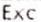
EXC